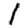
Digit: 1